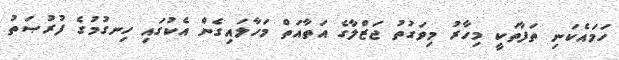
ހަމައެކަނި ތަފާތަކީ މިހާރު މިވަގުތު ޖަޒްލާގެ އަތާއަތް މަހާލައިގެން އެކުގައި ހިނގުމުގެ ފުރުޞަތު